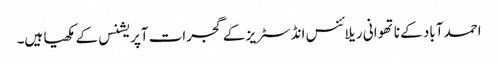
احمد آباد کے ناتھوانی ریلائنس انڈسٹریز کے گجرات آپریشنس کے مکھیا ہیں۔